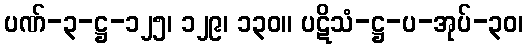
ပဏ်-၃-ဋ္ဌ-၁၂၅၊ ၁၂၉၊ ၁၃၀။ ပဋိသံ-ဋ္ဌ-ပ-အုပ်-၃၀၊